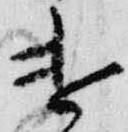
遣